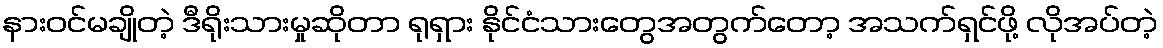
နားဝင်မချိုတဲ့ ဒီရိုးသားမှုဆိုတာ ရုရှား နိုင်ငံသားတွေအတွက်တော့ အသက်ရှင်ဖို့ လိုအပ်တဲ့